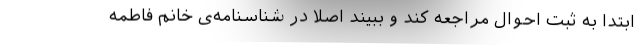
ابتدا به ثبت احوال مراجعه کند و ببیند اصلا در شناسنامه‌ی خانم فاطمه